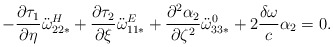
\begin{align*}- \frac{\partial \tau_1}{\partial \eta} \ddot{\omega}_{22*}^H + \frac{\partial \tau_2}{\partial\xi} \ddot{\omega}_{11*}^E + \frac{\partial^2 \alpha_2}{\partial \zeta^2}\ddot{\omega}_{33*}^0 +2\frac{\delta \omega}{c}\alpha_2=0.\end{align*}